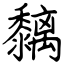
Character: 黐